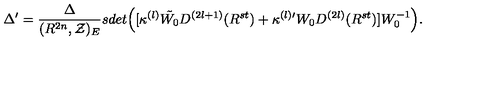
\Delta ^ { \prime } = \frac { \Delta } { ( R ^ { 2 n } , { \cal Z } ) _ { E } } s d e t \Bigl ( [ \kappa ^ { ( l ) } \tilde { W _ { 0 } } D ^ { ( 2 l + 1 ) } ( R ^ { s t } ) + \kappa ^ { ( l ) \prime } W _ { 0 } D ^ { ( 2 l ) } ( R ^ { s t } ) ] W _ { 0 } ^ { - 1 } \Bigr ) .